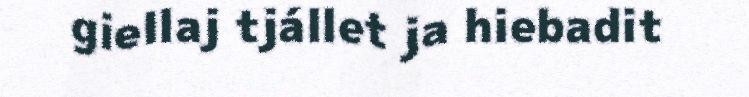
giellaj tjállet ja hiebadit